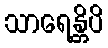
သာရေန္တိပိ